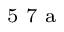
^ \textrm { \scriptsize 5 7 a }